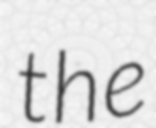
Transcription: the